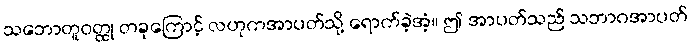
သဘောတူဝတ္ထု တခုကြောင့် လဟုကအာပတ်သို့ ရောက်ခဲ့အံ့။ ဤ အာပတ်သည် သဘာဂအာပတ်